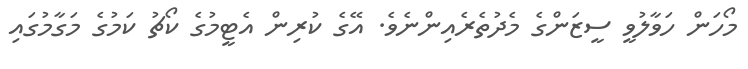
މޯހަން ހަވާލުވީ ސީޒަންގެ މެދުތެރެއިންނެވެ. އޭގެ ކުރިން އެޓީމުގެ ކޯޗު ކަމުގެ މަގާމުގައި